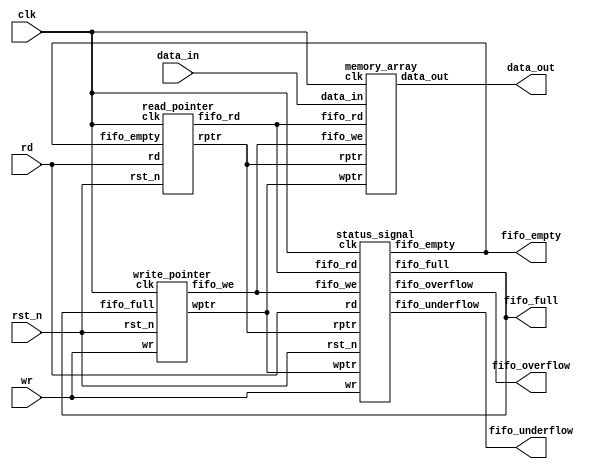
/*==========================================================================================================================================================
/	
/	Title            		  :- FIFO Memory																					
/	Register No      		  :- 16CO117 - 16CO133																				
/	Abstract         		  :- FIFO Memory Implementation																		
/	Functionalities  		  :- 1. Initially, the FIFO	memory is empty and Empty signal is high.								
/		               		 	 2. When Write signal is enabled, data can be written into the memory provided it isn't full	
/								 3. If we continue entering data into the memory, data will be stored in FIFO manner.			
/								 4. Once the FIFO memory is full, Full signal will be high. If we try to write data, Overflow	
/								 	signal will be triggered.																	
/								 5. To read data from FIFO, we enable the read signal which gives out the data that was entered 
/									first.																						
/								 6. We can continue to read data from memory until it becomes empty.							
/								 7. Once the FIFO is empty, Empty signal will be high. Now, if we try to read data Underflow	
/									signal will be triggered.																		
/						  		 8. Overall, the data entered or removed follows the FIFO fashion.								
/	
/	Brief Description on code :- 	All outputs of the code are generated in the respective VCD file. This code is used to 		
/								check for several conditions like Full, Empty, Overflow, Underflow of the FIFO memory.			
/									It is important to note that read and write pointers point to the same memory location		
/								at both full and empty conditions. Therefore, in order to differentiate between the two, one	
/								extra bit is added to read and write pointers. For example if a FIFO has depth of 256 then 		
/								to span it completely 8-bits will be needed. Therefore with one extra bit read and write 		
/								pointers will be of 9-bits. When their lower 8-bits point to same memory location their MSBs 	
/								are used to ascertain whether it is a full condition or empty condition. In empty conditions 	
/								the MSBs are equal whereas in full conditionMSBs are different.									
/																															    
/	                             																								
===========================================================================================================================================================*/

// Top level Verilog code for FIFO Memory
module VerilogBM_117_133(data_out, fifo_full, fifo_empty, fifo_overflow, fifo_underflow, clk, rst_n, wr, rd, data_in);
	
	input	wr;					// Write signal
	input	rd; 				// Read signal
	input   clk; 				// Clock to drive the circuit
	input   rst_n;				// Reset signal
	input	[7:0] data_in;	 	// 8-bit input data
	
	output	[7:0] data_out;		// 8-bit output data
	output	fifo_full;			// Signal to indicate that FIFO is full
	output	fifo_empty;			// Signal to indicate that FIFO is empty
	output	fifo_overflow;		// Signal to indicate Overflow condition
	output	fifo_underflow;		// Signal to indicate Underflow condition
	
	wire	[4:0] wptr;			// Write pointer
	wire	[4:0] rptr;			// Read pointer
	wire    fifo_we;			// To indicate that data can been entered 
	wire	fifo_rd;			// To indicate that data can be read
 
	write_pointer top1(wptr, fifo_we, wr, fifo_full, clk, rst_n);
	
	read_pointer top2(rptr, fifo_rd, rd, fifo_empty, clk, rst_n);

	memory_array top3(data_out, data_in, clk, fifo_we, fifo_rd, wptr, rptr);

	status_signal top4(fifo_full, fifo_empty, fifo_overflow, fifo_underflow, wr, rd, fifo_we, fifo_rd, wptr, rptr, clk, rst_n);

endmodule

// Verilog code for Memory Array submodule
// The core of the FIFO memory
module memory_array(data_out, data_in, clk, fifo_we, fifo_rd, wptr, rptr);
	
	input	[7:0] data_in;
	input	clk,fifo_we,fifo_rd;
	input	[4:0] wptr,rptr;
	
	output	[7:0] data_out;
	
	reg		[7:0] data_out2[15:0];
	
	always @(posedge clk) begin
		
		if(fifo_we)
			data_out2[wptr[3:0]] <= data_in ;

	end
	
	assign data_out = data_out2[rptr[3:0]];

endmodule

// Verilog code for Write Pointer sub-module
// This module drives the Write pointer
module write_pointer(wptr, fifo_we, wr, fifo_full, clk, rst_n);

	input	wr, fifo_full, clk, rst_n;

	output	[4:0] wptr;
	output	fifo_we;

	reg		[4:0] wptr;
  
	assign fifo_we = (~fifo_full) & wr;
	
	always @(posedge clk or negedge rst_n) begin

		if(~rst_n)							// If reset is low, Write pointer resets
			wptr <= 5'b00000;
	
		else if(fifo_we)					// If fifo_we is high (data can be entered),
			wptr <= wptr + 5'b00001;		// write pointer increments by 1

		else								// Else, write pointer remains same
			wptr <= wptr;
	
	end

endmodule

// Verilog code for Read Pointer sub-module
// This module drives the Read pointer
module read_pointer(rptr, fifo_rd, rd, fifo_empty, clk, rst_n);

	input	rd, fifo_empty, clk, rst_n;
	
	output	[4:0] rptr;
	output	fifo_rd;
	
	reg		[4:0] rptr;
	
	assign fifo_rd = (~fifo_empty) & rd;
	
	always @(negedge clk or negedge rst_n) begin

		if(~rst_n)							// If reset is low, Read pointer resets
			rptr <= 5'b00000;
	
		else if(fifo_rd)					// If fifo_rd is high (data can be read),
			rptr <= rptr + 5'b00001;		// read pointer increments by 1

		else								// Else, read pointer remains same
			rptr <= rptr;
			
	end

endmodule

// Verilog code for Status Signals sub-module
// This module generates all the necessary output signals of FIFO memory
module status_signal(fifo_full, fifo_empty, fifo_overflow, fifo_underflow, wr, rd, fifo_we, fifo_rd, wptr, rptr, clk, rst_n);

	input	wr;
	input	rd;
	input	fifo_we;
	input	fifo_rd;
	input	clk;
	input	rst_n;
	input	[4:0] wptr;
	input	[4:0] rptr;

	output reg	fifo_full;
	output reg	fifo_empty;
	output reg	fifo_overflow;
	output reg	fifo_underflow;

	wire 	fbit_comp;						// Checks if the MSB of write and read pointers is the same
	wire	overflow_set;					// Checks overflow condition
	wire	underflow_set;					// Checks underflow condition
	wire 	pointer_equal;					// Returns high if both the read and write pointer point to the same memory location

	assign fbit_comp = wptr[4] ^ rptr[4];
	assign pointer_equal = (wptr[3:0] - rptr[3:0]) ? 0:1;
	assign overflow_set = fifo_full & wr;
	assign underflow_set = fifo_empty & rd;

	always @ * begin

		fifo_full = fbit_comp & pointer_equal;
		fifo_empty = (~fbit_comp) & pointer_equal;
	
	end

	always @(posedge clk or negedge rst_n) begin		// This snippet is used to generate Overflow signal
	
		if(~rst_n)
			fifo_overflow <= 0;

		else if((overflow_set == 1) && (fifo_rd == 0))
			fifo_overflow <= 1;
		
		else if(fifo_rd)
			fifo_overflow <= 0;

		else
			fifo_overflow <= fifo_overflow;
	
	end
 
	always @(posedge clk or negedge rst_n) begin		// This snippet is used to generate Underflow signal

		if(~rst_n)
			fifo_underflow <= 0;
		
		else if((underflow_set == 1) && (fifo_we == 0))
			fifo_underflow <= 1;

		else if(fifo_we)
			fifo_underflow <= 0;

		else
			fifo_underflow <= fifo_underflow;

	end
	
endmodule